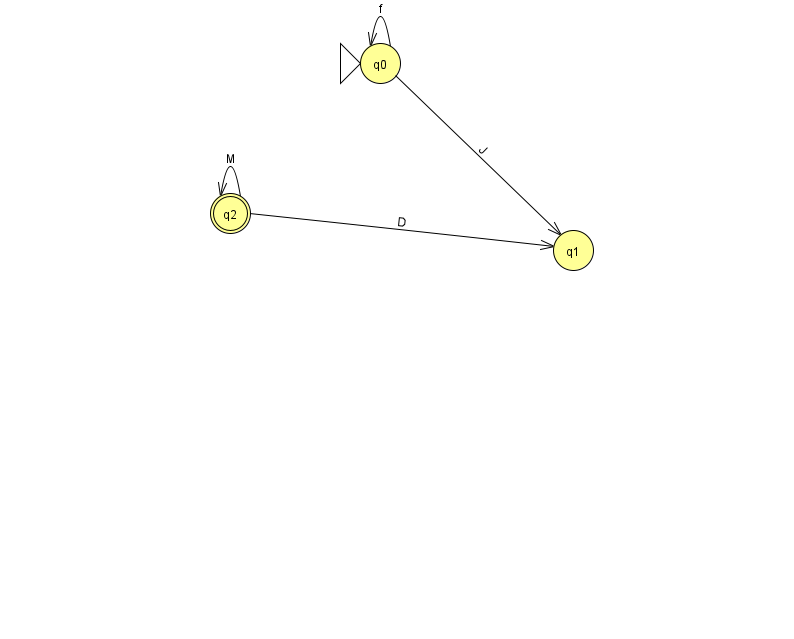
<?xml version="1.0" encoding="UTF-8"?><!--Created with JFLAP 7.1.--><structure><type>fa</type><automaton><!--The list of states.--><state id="0" name="q0"><x>380.0</x><y>50.0</y><initial/></state><state id="1" name="q1"><x>573.0</x><y>237.0</y></state><state id="2" name="q2"><x>230.0</x><y>200.0</y><final/></state><!--The list of transitions.--><transition><from>2</from><to>1</to><read>D</read></transition><transition><from>0</from><to>1</to><read>J</read></transition><transition><from>0</from><to>0</to><read>f</read></transition><transition><from>2</from><to>2</to><read>M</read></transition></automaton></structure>